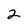
Character: 2